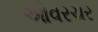
ઓવરચર